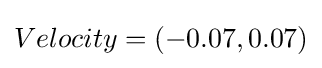
Velocity=(-0.07,0.07)